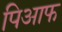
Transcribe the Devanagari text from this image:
पिआफ